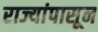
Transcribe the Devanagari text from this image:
राज्यांपासून